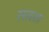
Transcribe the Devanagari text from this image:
रसदशा